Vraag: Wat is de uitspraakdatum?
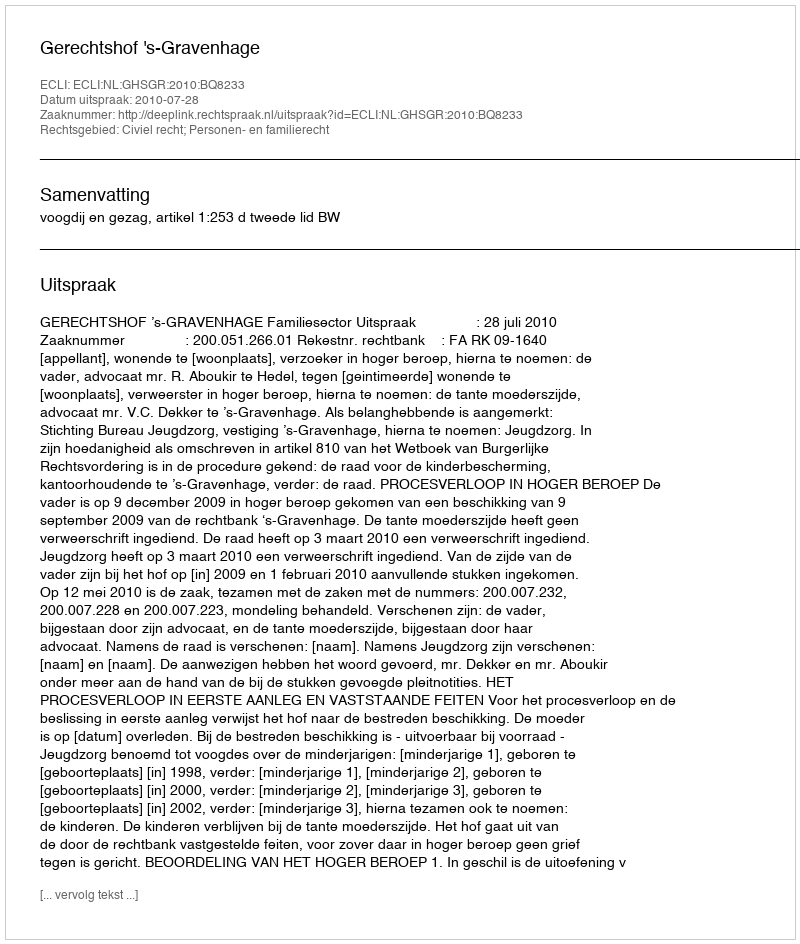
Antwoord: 2010-07-28